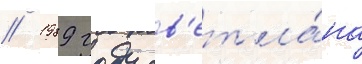
// 1989 году св'етла́на